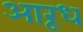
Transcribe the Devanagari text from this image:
आरूध